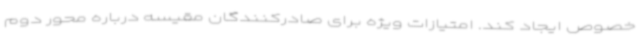
خصوص ایجاد کند. امتیازات ویژه برای صادرکنندگان مقیسه درباره محور دوم